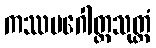
ကဿပဂေါတ္တသုတ္တံ